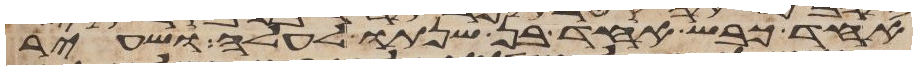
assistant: אחד כבש אחד בן שנתו לעלה ושעיר